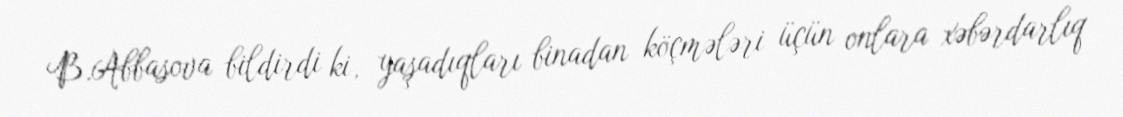
B.Abbasova bildirdi ki, yaşadıqları binadan köçmələri üçün onlara xəbərdarlıq